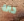
حالة